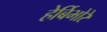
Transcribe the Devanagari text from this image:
हेर्बिभोरे